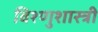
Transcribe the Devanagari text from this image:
विश्णुशास्त्री